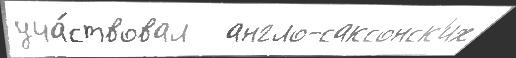
уча́ствовал   англо-саксонск'их